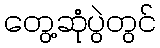
တွေ့ဆုံပွဲတွင်